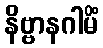
နိဗ္ဗာနဂါမိံ